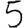
Digit: 5